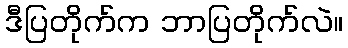
ဒီပြတိုက်က ဘာပြတိုက်လဲ။